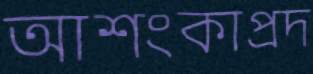
আশংকাপ্রদ